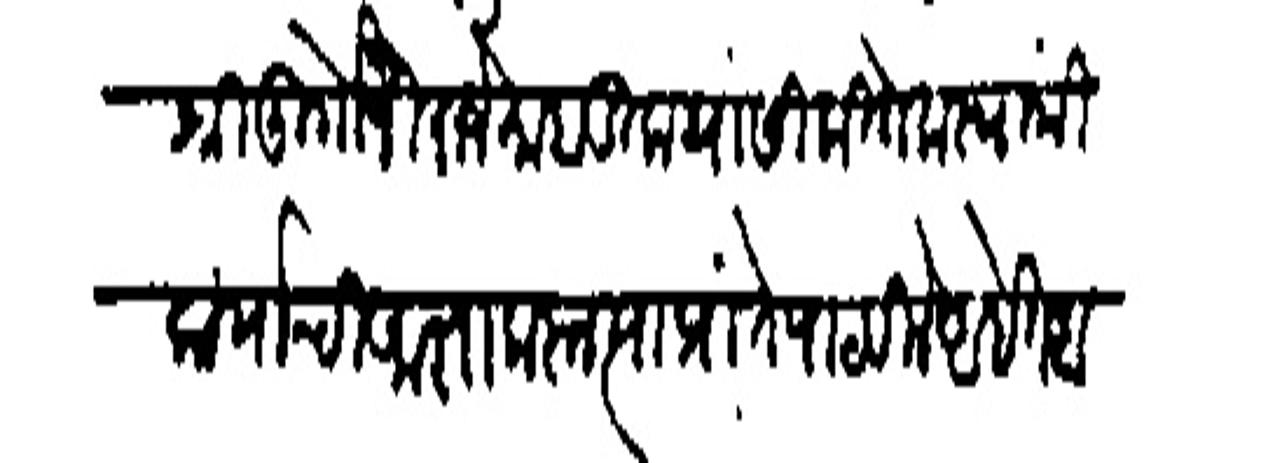
Transliteration (Devanagari): राजश्री डुगोजी राजे माहाडिक यांसी कितेक स्वांमी कार्याची आज्ञा करून त्या प्रांते पाठविले आहेत आशेनुरप